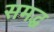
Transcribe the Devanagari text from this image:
समद्ध